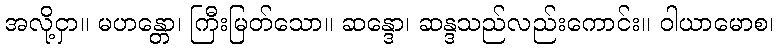
အလို့ငှာ။ မဟန္တော၊ ကြီးမြတ်သော။ ဆန္ဒော၊ ဆန္ဒသည်လည်းကောင်း။ ဝါယာမောစ၊